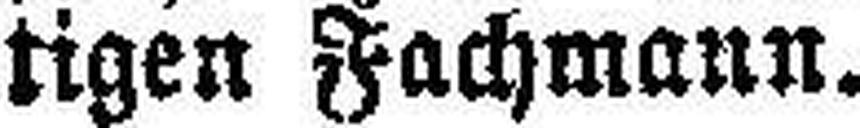
tigen Fachmann.